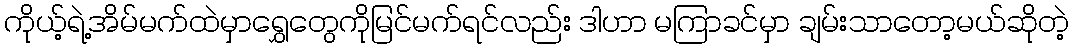
ကိုယ့်ရဲ့အိမ်မက်ထဲမှာရွှေတွေကိုမြင်မက်ရင်လည်း ဒါဟာ မကြာခင်မှာ ချမ်းသာတော့မယ်ဆိုတဲ့